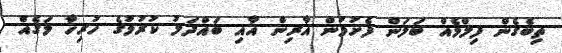
ތިބެގެން ފިލްމެއް ބަލަން ފެށުމުން އާރިން އާއި ބައްދަލު ކުރުމުގެ ހުރިހާ މަގެއް